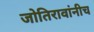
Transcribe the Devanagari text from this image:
जोतिरावांनीच